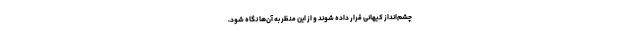
چشم‌انداز کیهانی قرار داده شوند و از این منظر به آن‌ها نگاه شود،